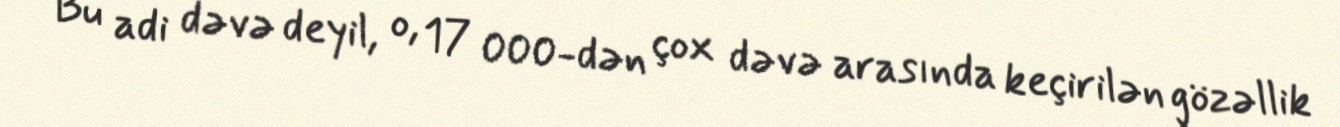
Bu adi dəvə deyil, o, 17 000-dən çox dəvə arasında keçirilən gözəllik